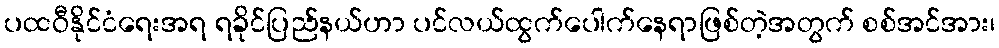
ပထဝီနိုင်ငံရေးအရ ရခိုင်ပြည်နယ်ဟာ ပင်လယ်ထွက်ပေါက်နေရာဖြစ်တဲ့အတွက် စစ်အင်အား၊